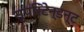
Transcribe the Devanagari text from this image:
सुपरिंटेन्डन्ट